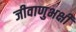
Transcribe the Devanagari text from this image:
जीवाणुभक्षी